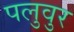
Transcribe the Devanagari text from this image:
पलुवुर